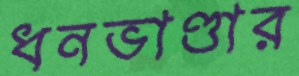
ধনভাণ্ডার